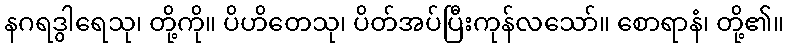
နဂရဒွါရေသု၊ တို့ကို။ ပိဟိတေသု၊ ပိတ်အပ်ပြီးကုန်လသော်။ စောရာနံ၊ တို့၏။